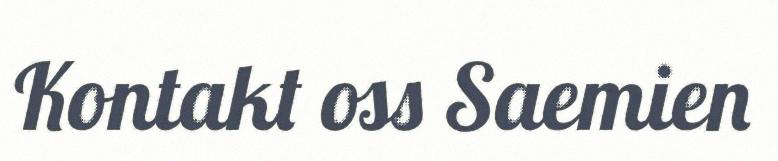
Kontakt oss Saemien